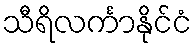
သီရိလင်္ကာနိုင်ငံ